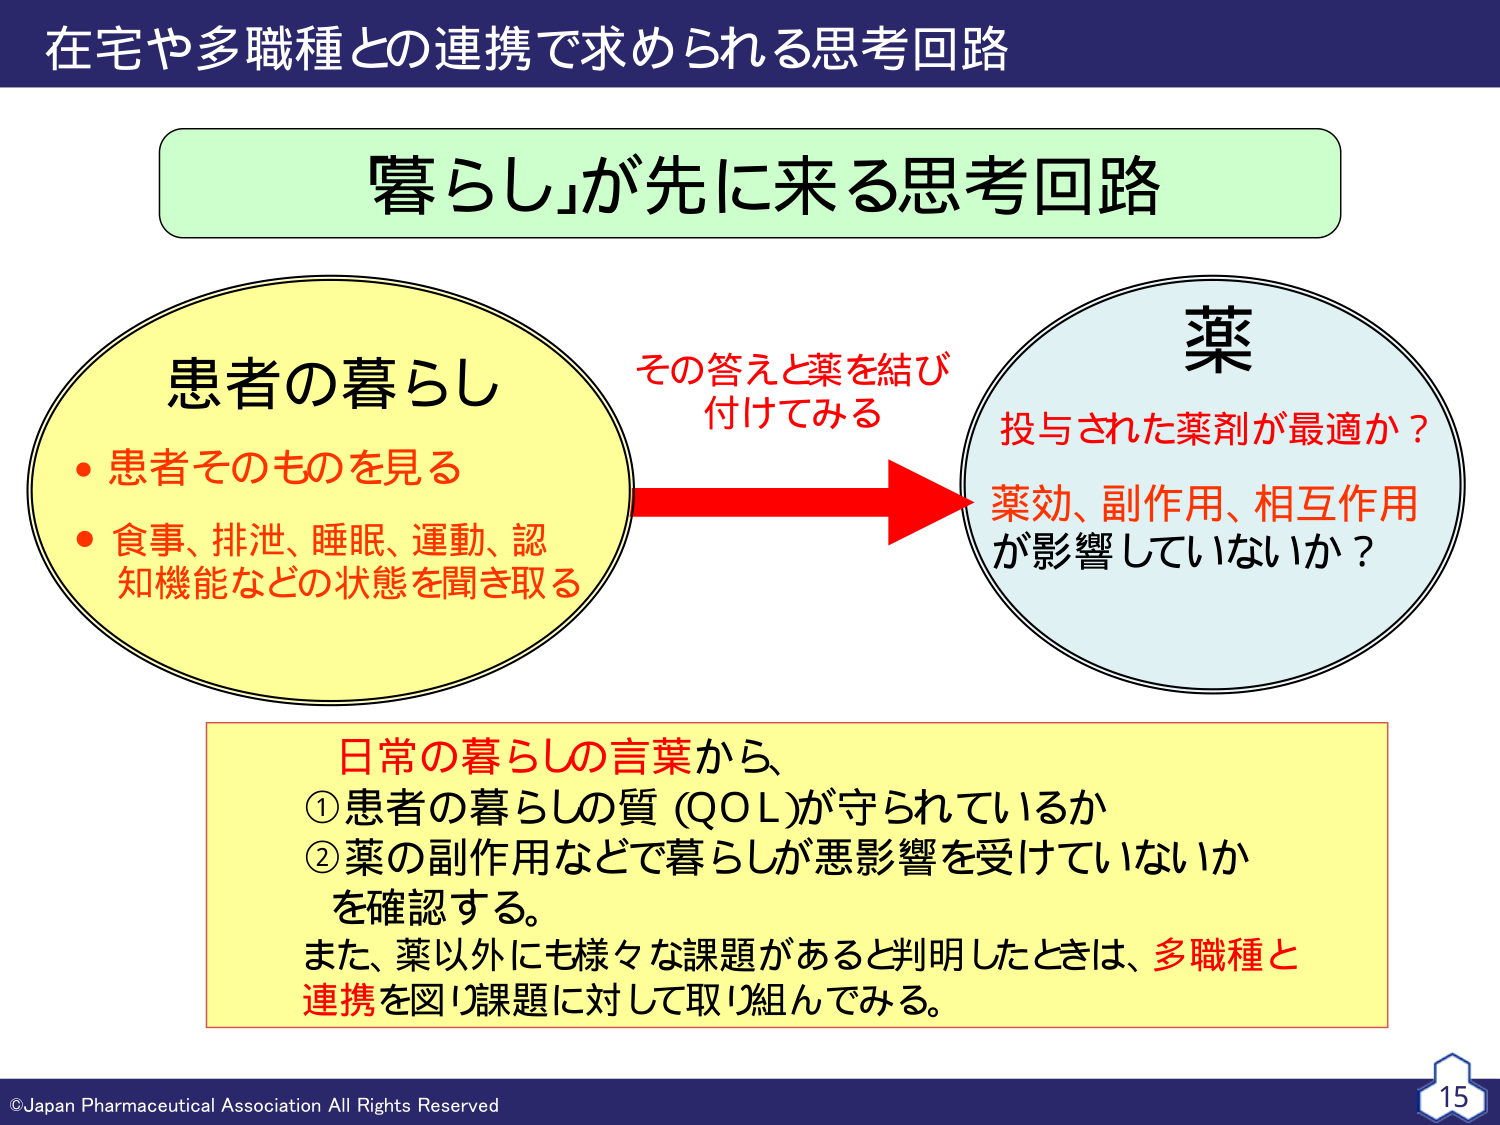
在宅や多職種との連携で求められる思考回路

「暮らし」が先に来る思考回路

患者の暮らし
・患者そのものを見る
・食事、排泄、睡眠、運動、認知機能などの状態を聞き取る

その答えと薬を結び付けてみる

薬
投与された薬剤が最適か？
薬効、副作用、相互作用が影響していないか？

日常の暮らしの言葉から、
①患者の暮らしの質（QOL）が守られているか
②薬の副作用などで暮らしが悪影響を受けていないか
を確認する。
また、薬以外にも様々な課題があると判明したときは、多職種と連携を図り課題に対して取り組んでみる。

©Japan Pharmaceutical Association All Rights Reserved
15